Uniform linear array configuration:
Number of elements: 24
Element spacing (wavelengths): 0.25
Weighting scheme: hann
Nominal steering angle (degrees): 15
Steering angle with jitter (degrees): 14.76
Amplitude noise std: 0.05
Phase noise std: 0.05

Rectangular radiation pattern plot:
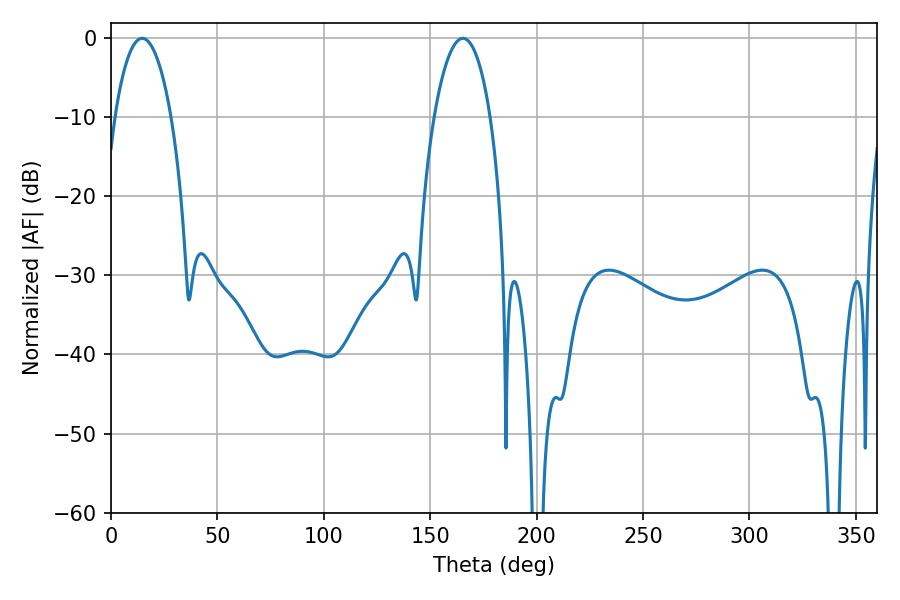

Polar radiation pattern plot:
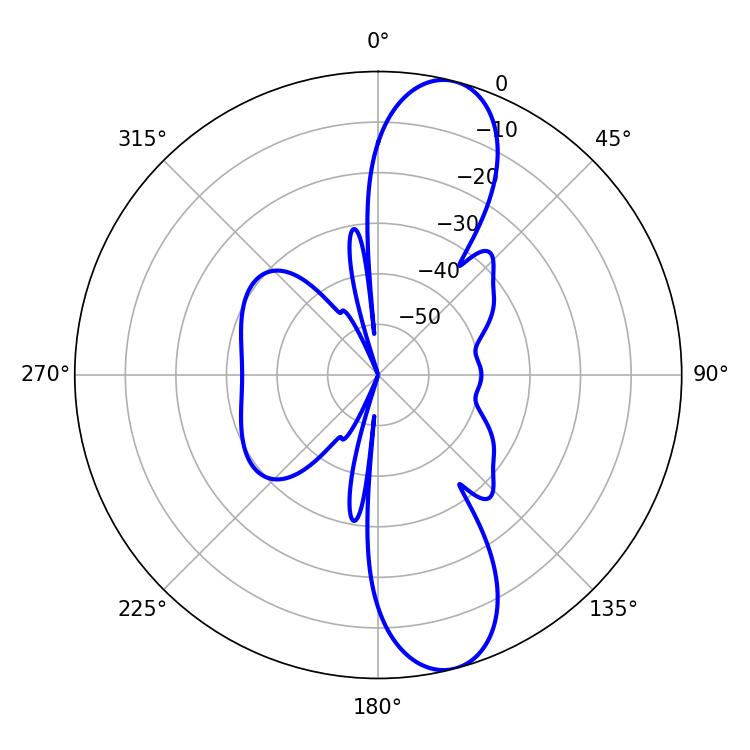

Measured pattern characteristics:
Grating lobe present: FALSE
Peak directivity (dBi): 11.58
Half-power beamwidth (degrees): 14.76
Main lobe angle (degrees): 14.58